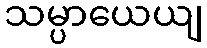
သမ္ပာယေယျ